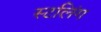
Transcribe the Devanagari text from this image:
स्टलिंग